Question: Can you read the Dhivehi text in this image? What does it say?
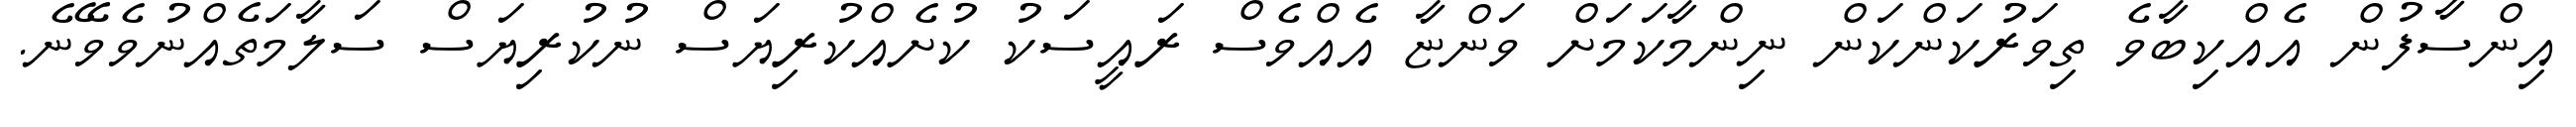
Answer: އިންސާފުން އެއްކިބާވެ ތިވަރުކަންކަން ނިންމާކަމަށް ވަންޏާ އެއްވެސް ރައީސަކު ކުށެއްކުރިޔަސް ނުކުރިޔަސް ސަލާމަތެއްނުވެވޭނެ.